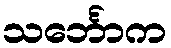
သင်္ဘောက